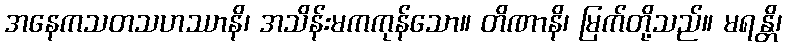
အနေကသတသဟဿာနိ၊ အသိန်းမကကုန်သော။ တိဏာနိ၊ မြက်တို့သည်။ မရန္တိ၊